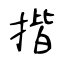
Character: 揩